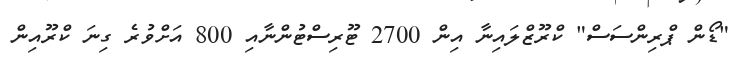
"ޑޯން ޕްރިންސަސް" ކްރޫޒްލައިނާ އިން 2700 ޓޫރިސްޓުންނާއި 800 އަށްވުރެ ގިނަ ކްރޫއިން